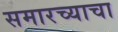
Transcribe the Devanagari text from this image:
समारच्याचा